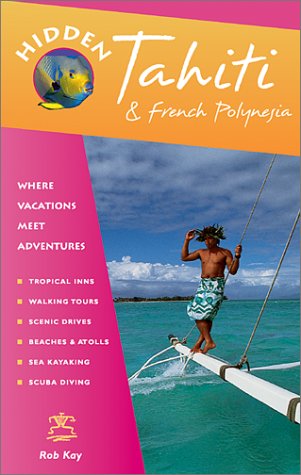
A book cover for Hidden Tahiti: Including Moorea, Bora Bora, and the Society, Austral, Gambier, Tuamotn and Marguejaj Islands; Robert F. Kay; Travel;